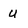
Character: U